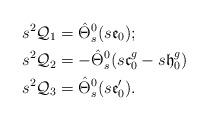
LaTeX: \begin{align*}s^2\mathcal{Q}_1&=\hat{\Theta}_s^0(s\mathfrak{e}_0);\\s^2\mathcal{Q}_2&=-\hat{\Theta}_s^0(s\mathfrak{c}^g_0-s\mathfrak{h}^g_0)\\s^2\mathcal{Q}_3&=\hat{\Theta}_s^0(s\mathfrak{e}'_0).\end{align*}